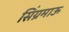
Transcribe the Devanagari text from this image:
सिंग्रमाऊ